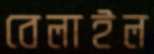
বেলাইল